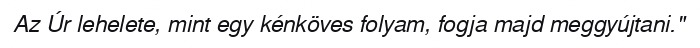
Az Úr lehelete, mint egy kénköves folyam, fogja majd meggyújtani."